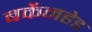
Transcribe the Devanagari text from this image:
बर्केनहेड